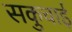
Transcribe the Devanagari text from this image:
सकुचाई